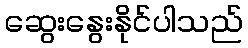
ဆွေးနွေးနိုင်ပါသည်